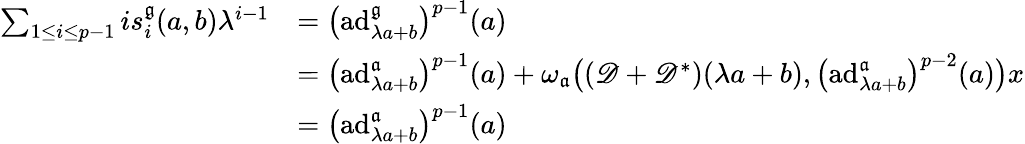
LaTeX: \begin{array}{rl}{\sum_{1\leq i\leq p-1}is_{i}^{\mathfrak{g}}(a,b)\lambda^{i-1}}&{=\bigl(\mathrm{ad}_{\lambda a+b}^{\mathfrak{g}}\bigr)^{p-1}(a)}\\ &{=\bigl(\mathrm{ad}_{\lambda a+b}^{\mathfrak{a}}\bigr)^{p-1}(a)+\omega_{\mathfrak{a}}\bigl(({\mathscr D}+{\mathscr D}^{*})(\lambda a+b),\bigl(\mathrm{ad}_{\lambda a+b}^{\mathfrak{a}}\bigr)^{p-2}(a)\bigr)x}\\ &{=\bigl(\mathrm{ad}_{\lambda a+b}^{\mathfrak{a}}\bigr)^{p-1}(a)}\end{array}